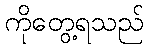
ကိုတွေ့ရသည်